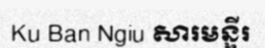
Ku Ban Ngiu សារមន្ទីរ